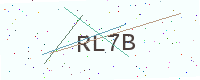
Text: RL7B